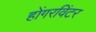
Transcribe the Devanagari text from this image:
होंगरविंटर